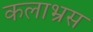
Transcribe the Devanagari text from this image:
कलाभ्रस